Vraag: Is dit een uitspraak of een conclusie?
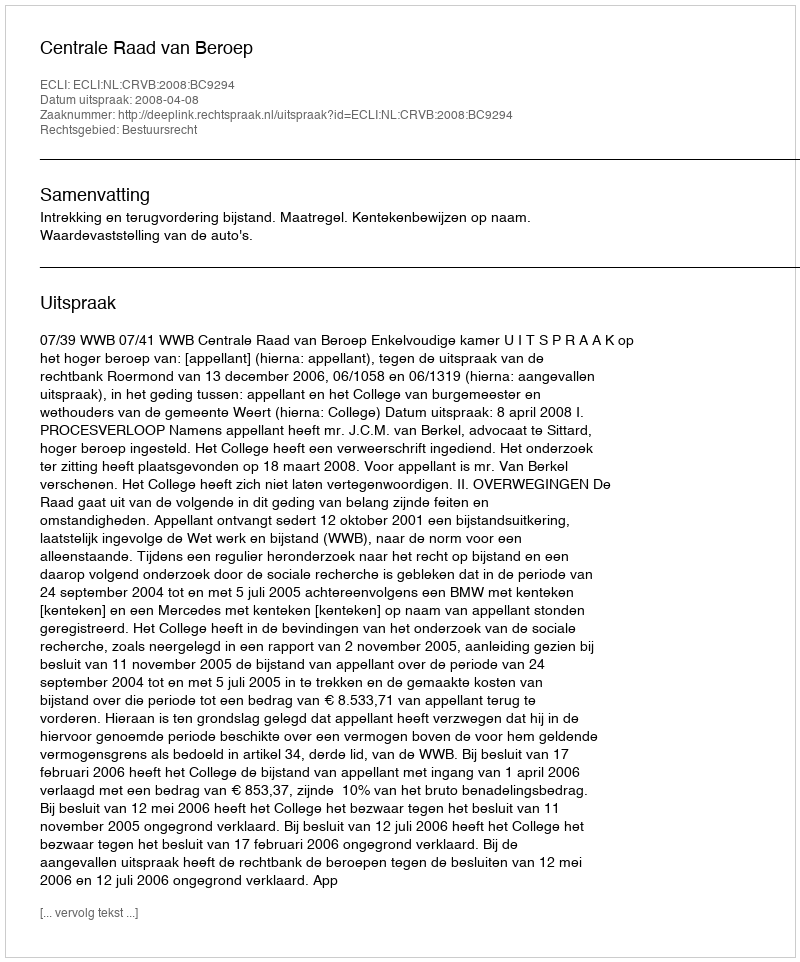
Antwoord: Uitspraak